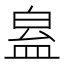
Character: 𥁬